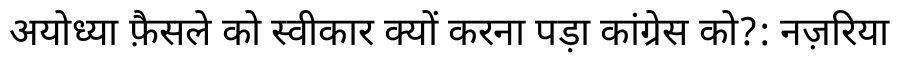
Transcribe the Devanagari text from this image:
अयोध्या फ़ैसले को स्वीकार क्यों करना पड़ा कांग्रेस को?: नज़रिया